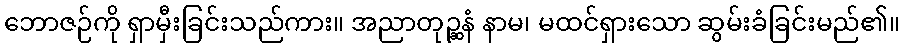
ဘောဇဉ်ကို ရှာမှီးခြင်းသည်ကား။ အညာတုဉ္ဆနံ နာမ၊ မထင်ရှားသော ဆွမ်းခံခြင်းမည်၏။